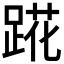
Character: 𬦷